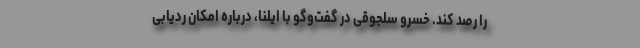
را رصد کند. خسرو سلجوقی در گفت‌وگو با ایلنا، درباره امکان ردیابی